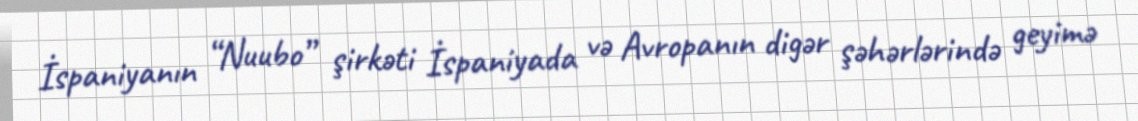
İspaniyanın “Nuubo” şirkəti İspaniyada və Avropanın digər şəhərlərində geyimə